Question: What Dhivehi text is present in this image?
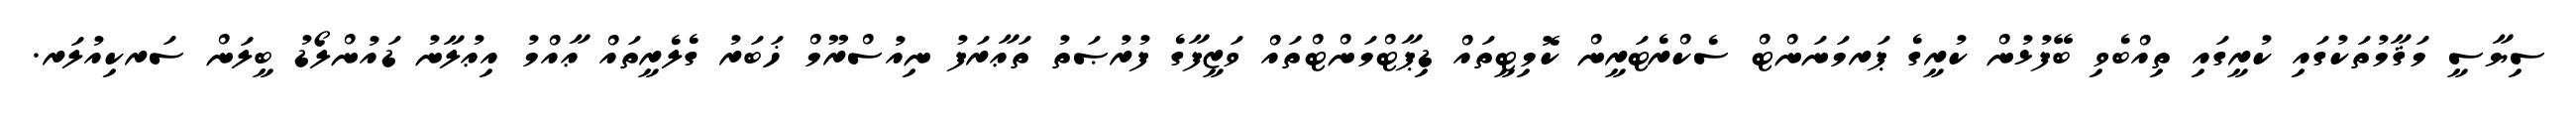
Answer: ސިޔާސީ މަޤާމުތަކުގައި ކުރީގައި ތިއްބެވި ބޭފުޅުން ކުރީގެ ޕަރމަނަންޓް ސެކްރެޓަރީން ކޮމިޓީތައް ޑިޕާޓްމަންޓްތައް ވަޒީފާގެ ފުރުޞަތު ތަޢާރަފު ނިއުސްރޫމް ޚަބަރު ގެލެރީތައް ޢާއްމު އިޢުލާނު ޑައުންލޯޑު ބީލަން ސަރކިއުލަރ.